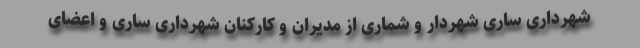
شهرداری ساری شهردار و شماری از مدیران و کارکنان شهرداری ساری و اعضای